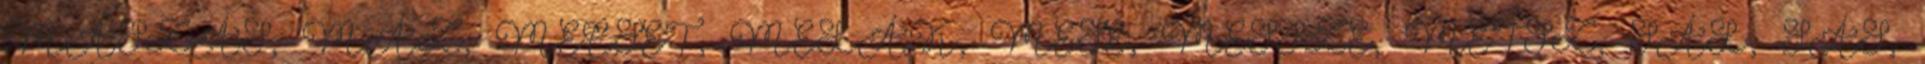
MÁSZÁS, MÁZ, MECSET, MELÁK, MESE, MESSZE, METSZ, SÁL, SÁS,